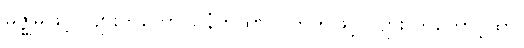
မဇ္ဈိမဖြင့် လျားတတောင်၊ နံတထွာ၊ ပကတိဖြင့် လျား တတောင့်ထွာ၊